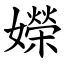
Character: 嬫